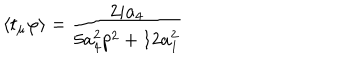
\left\langle t _ { \mu } \varphi \right\rangle = \frac { 2 i a _ { 4 } } { 5 a _ { 4 } ^ { 2 } p ^ { 2 } + 1 2 a _ { 1 } ^ { 2 } }